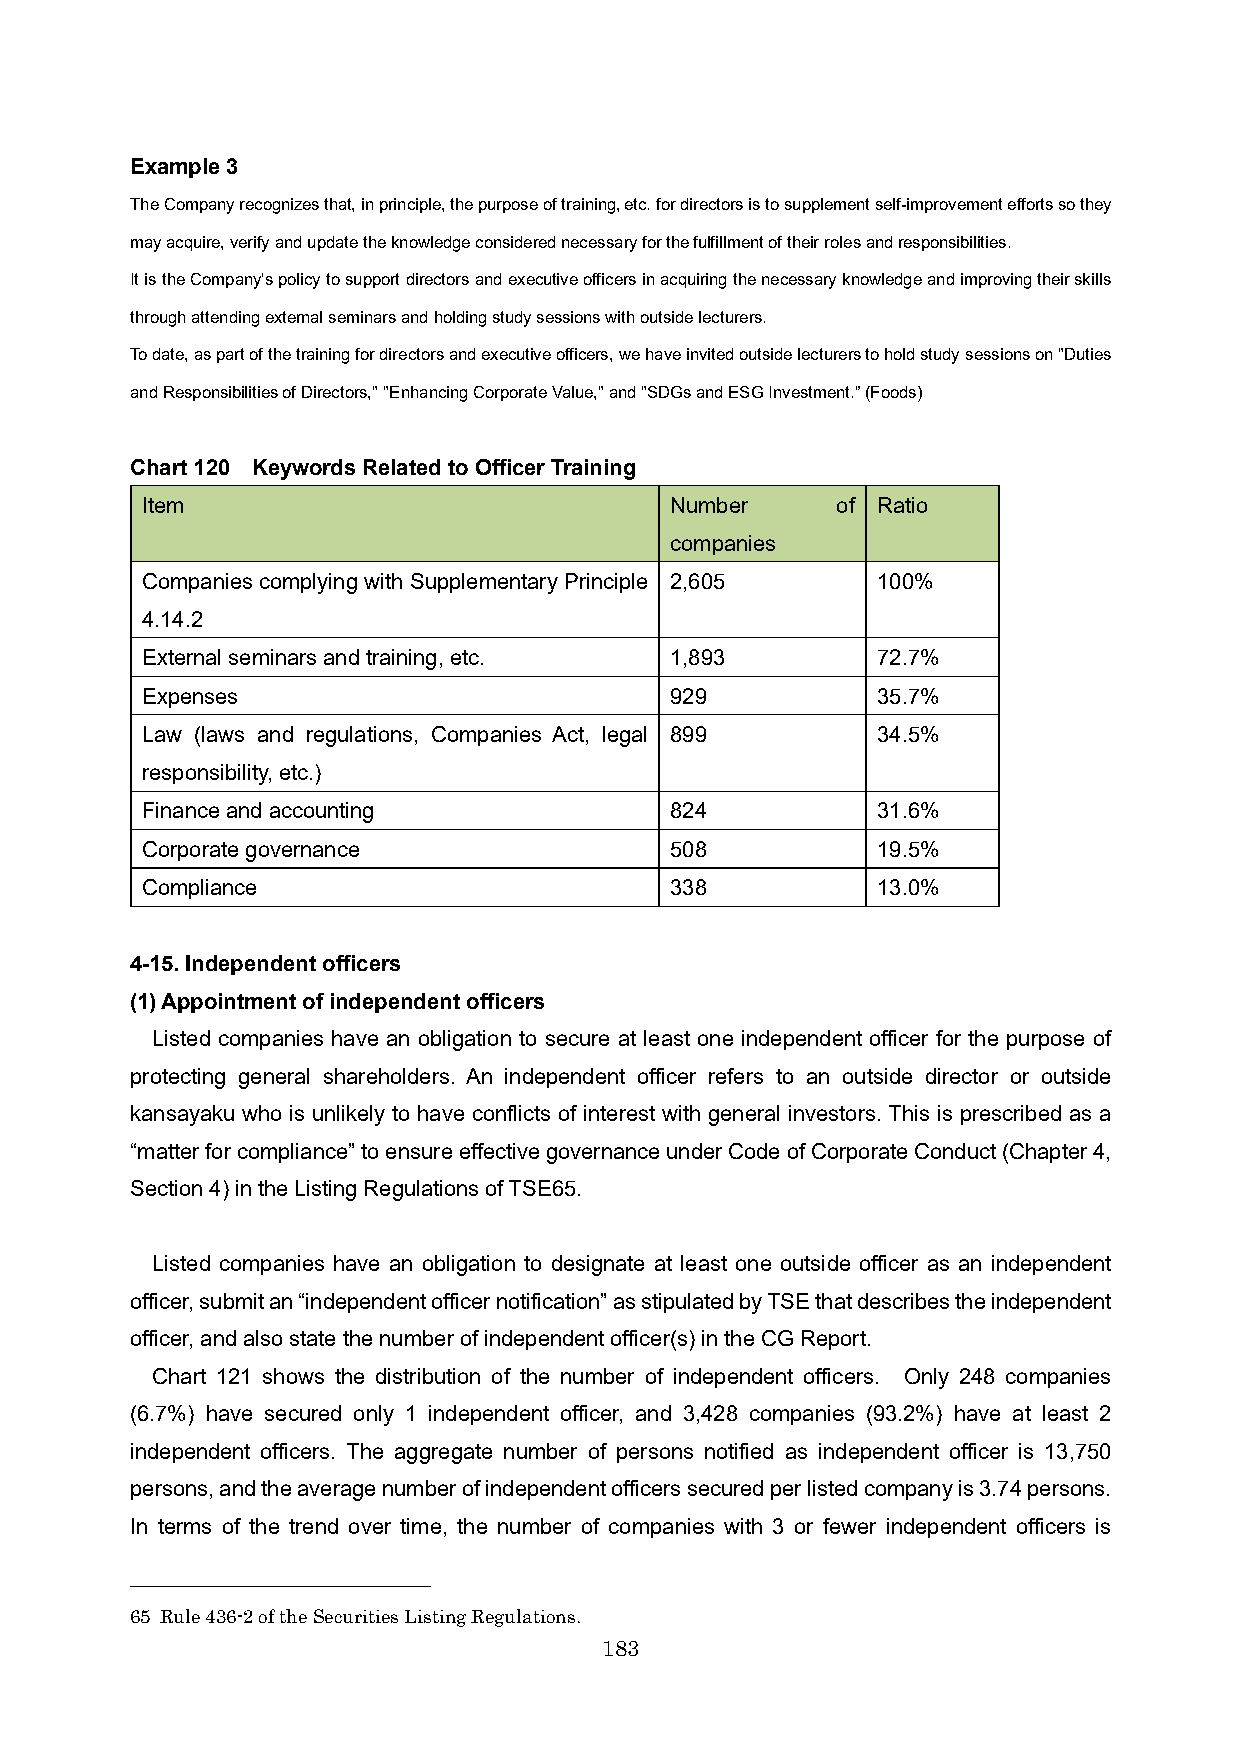
Example 3
 The Company recognizes that, in principle, the purpose of training, etc. for directors is to supplement self-improvement efforts so they
 may acquire, verify and update the knowledge considered necessary for the fulfillment of their roles and responsibilities.
 It is the Company's policy to support directors and executive officers in acquiring the necessary knowledge and improving their skills
 through attending external seminars and holding study sessions with outside lecturers.
 To date, as part of the training for directors and executive officers, we have invited outside lecturers to hold study sessions on "Duties
 and Responsibilities of Directors," "Enhancing Corporate Value," and "SDGs and ESG Investment.” (Foods)
 Chart 120 Keywords Related to Officer Training
 Item                               Number     of Ratio
 companies
 Companies complying with Supplementary Principle 2,605 100%
 4.14.2
 External seminars and training, etc. 1,893       72.7%
 Expenses                           929           35.7%
 Law (laws and regulations, Companies Act, legal 899 34.5%
 responsibility, etc.)
 Finance and accounting             824           31.6%
 Corporate governance               508           19.5%
 Compliance                         338           13.0%
 4-15. Independent officers
 (1) Appointment of independent officers
 Listed companies have an obligation to secure at least one independent officer for the purpose of
 protecting general shareholders. An independent officer refers to an outside director or outside
 kansayaku who is unlikely to have conflicts of interest with general investors. This is prescribed as a
 “matter for compliance” to ensure effective governance under Code of Corporate Conduct (Chapter 4,
 Section 4) in the Listing Regulations of TSE65.
 Listed companies have an obligation to designate at least one outside officer as an independent
 officer, submit an “independent officer notification” as stipulated by TSE that describes the independent
 officer, and also state the number of independent officer(s) in the CG Report.
 Chart 121 shows the distribution of the number of independent officers. Only 248 companies
 (6.7%) have secured only 1 independent officer, and 3,428 companies (93.2%) have at least 2
 independent officers. The aggregate number of persons notified as independent officer is 13,750
 persons, and the average number of independent officers secured per listed company is 3.74 persons.
 In terms of the trend over time, the number of companies with 3 or fewer independent officers is
 65 Rule 436-2 of the Securities Listing Regulations.
 183